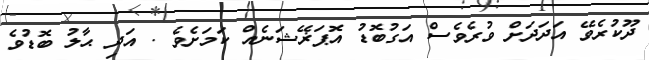
ދޫކުރެވޭ އަދަދަށް ވުރެވެސް އަގުބޮޑު އޮޕަޜޭޝަނެއް ކަމަށެވެ . އަދި ޙާލު ބޮޑުވެ